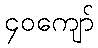
၄၀ကျော်